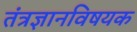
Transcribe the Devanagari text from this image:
तंत्रज्ञानविषयक